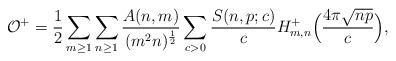
LaTeX: \begin{align*}\mathcal{O^+} = \frac{1}{2} \sum_{m \geq 1} \sum_{n \geq 1} \frac{A(n, m)}{(m^2 n)^{\frac{1}{2}}} \sum_{c > 0} \frac{S(n, p; c)}{c} H_{m, n}^+ \Bigl (\frac{4 \pi \sqrt{n p}}{c} \Bigr ),\end{align*}